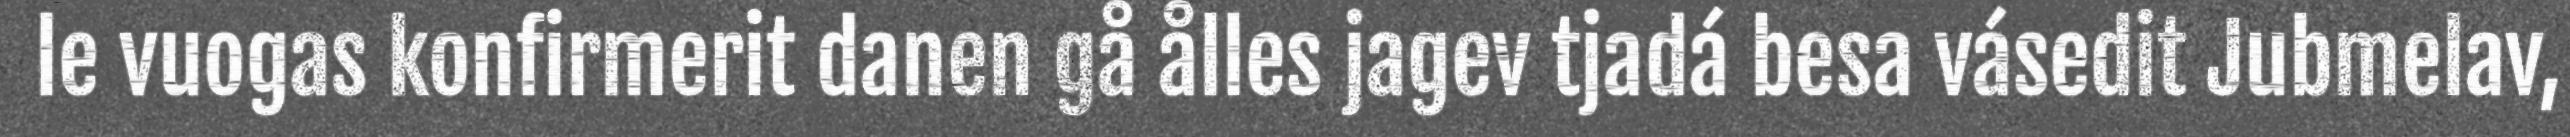
le vuogas konfirmerit danen gå ålles jagev tjadá besa vásedit Jubmelav,